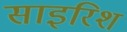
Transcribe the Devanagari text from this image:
साइरिश